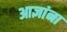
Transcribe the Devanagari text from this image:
आज्ञांना